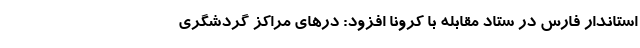
استاندار فارس در ستاد مقابله با کرونا افزود: در‌های مراکز گردشگری